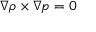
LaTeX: { \boldsymbol { \nabla } } \rho \times { \boldsymbol { \nabla } } p = 0